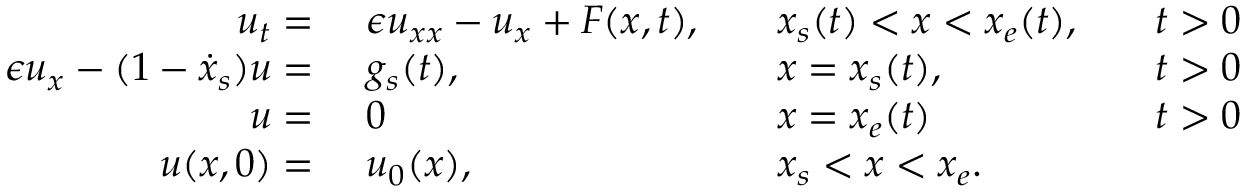
\begin{array} { r l r l r l } { u _ { t } = \ } & { \epsilon u _ { x x } - u _ { x } + F ( x , t ) , } & & { x _ { s } ( t ) < x < x _ { e } ( t ) , } & & { t > 0 } \\ { \epsilon u _ { x } - ( 1 - \dot { x } _ { s } ) u = \ } & { g _ { s } ( t ) , } & & { x = x _ { s } ( t ) , } & & { t > 0 } \\ { u = \ } & { 0 } & & { x = x _ { e } ( t ) } & & { t > 0 } \\ { u ( x , 0 ) = \ } & { u _ { 0 } ( x ) , } & & { x _ { s } < x < x _ { e } . } \end{array}